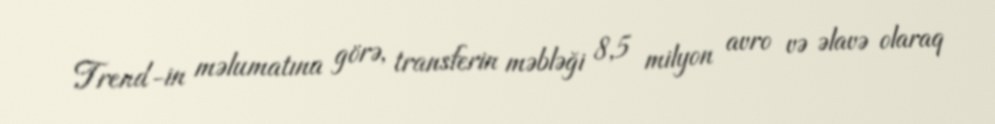
Trend-in məlumatına görə, transferin məbləği 8,5 milyon avro və əlavə olaraq